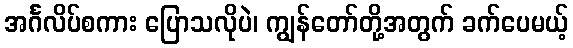
အင်္ဂလိပ်စကား ပြောသလိုပဲ၊ ကျွန်တော်တို့အတွက် ခက်ပေမယ့်